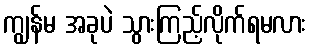
ကျွန်မ အခုပဲ သွားကြည့်လိုက်ရမလား